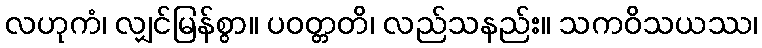
လဟုကံ၊ လျှင်မြန်စွာ။ ပဝတ္တတိ၊ လည်သနည်း။ သကဝိသယဿ၊